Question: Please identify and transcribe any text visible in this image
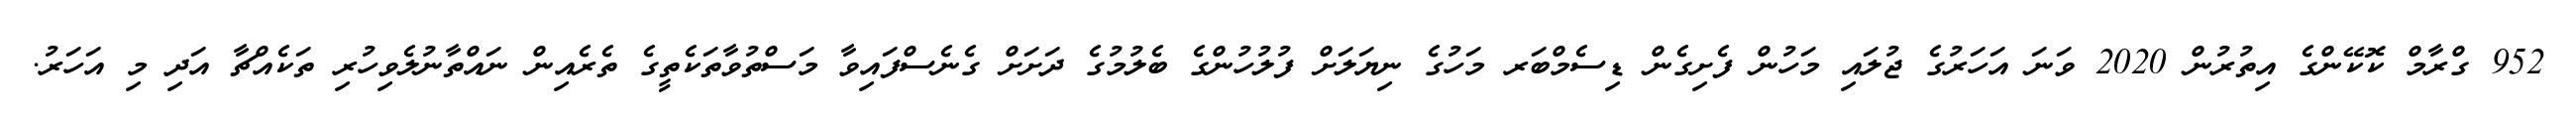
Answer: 952 ގްރާމް ކޮކޭންގެ އިތުރުން 2020 ވަނަ އަހަރުގެ ޖުލައި މަހުން ފެށިގެން ޑިސެމްބަރ މަހުގެ ނިޔަލަށް ފުލުހުންގެ ބެލުމުގެ ދަށަށް ގެނެސްފައިވާ މަސްތުވާތަކެތީގެ ތެރެއިން ނައްތާނުލެވިހުރި ތަކެއްޗާ އަދި މި އަހަރު.